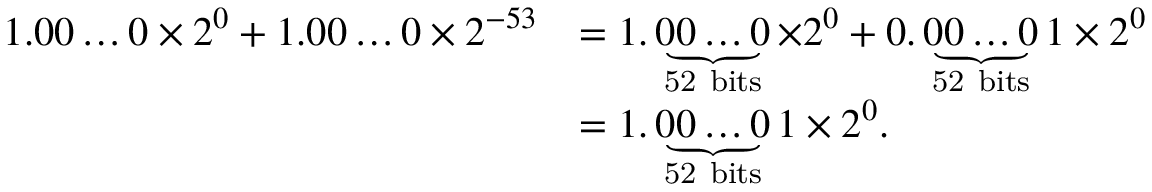
{ \begin{array} { r l } { 1 . 0 0 \ldots 0 \times 2 ^ { 0 } + 1 . 0 0 \ldots 0 \times 2 ^ { - 5 3 } } & { = 1 . \underbrace { 0 0 \ldots 0 } _ { \mathrm { 5 2 ~ b i t s } } \times 2 ^ { 0 } + 0 . \underbrace { 0 0 \ldots 0 } _ { \mathrm { 5 2 ~ b i t s } } 1 \times 2 ^ { 0 } } \\ & { = 1 . \underbrace { 0 0 \ldots 0 } _ { \mathrm { 5 2 ~ b i t s } } 1 \times 2 ^ { 0 } . } \end{array} }